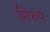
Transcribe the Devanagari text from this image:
निरुप